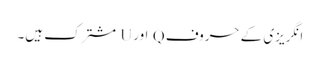
انگریزی کے حروف Q اور U مشترک ہیں۔